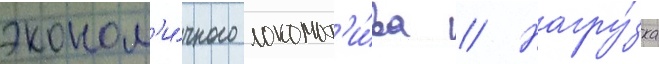
эконом'и́чного локомот'и́ва // Нагру́зка